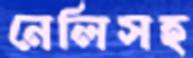
নেলিসহ